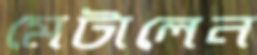
মেটালেন